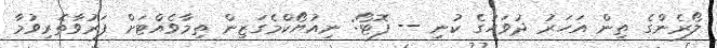
ލޯރެންގެ ތިން އަހަރު ދުވަހުގެ ކުނި -- ފޮޓޯ: ނިއުޔޯކްމެގަޒިން ތިމާވެއްޓަށް ފަރުވާތެރިވުމާ